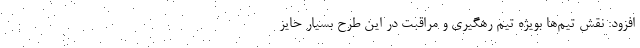
افزود: نقش تیم‌ها بویژه تیم رهگیری و مراقبت در این طرح بسیار حایز